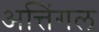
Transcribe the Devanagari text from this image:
अत्तिंगल